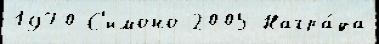
1970 С'имоно 2005 Награ́да